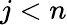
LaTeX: j<n